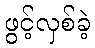
ဖွင့်လှစ်ခဲ့